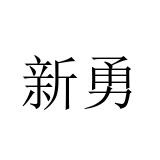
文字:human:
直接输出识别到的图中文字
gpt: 新勇